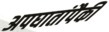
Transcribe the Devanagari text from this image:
अपघातांपैकी